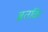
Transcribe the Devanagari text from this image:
ब्रतकि